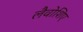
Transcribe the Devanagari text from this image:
लैवोशिए